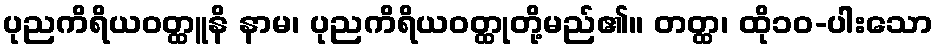
ပုညကိရိယဝတ္ထူနိ နာမ၊ ပုညကိရိယဝတ္ထုတို့မည်၏။ တတ္ထ၊ ထို၁၀-ပါးသော